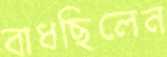
বাধছিলেন